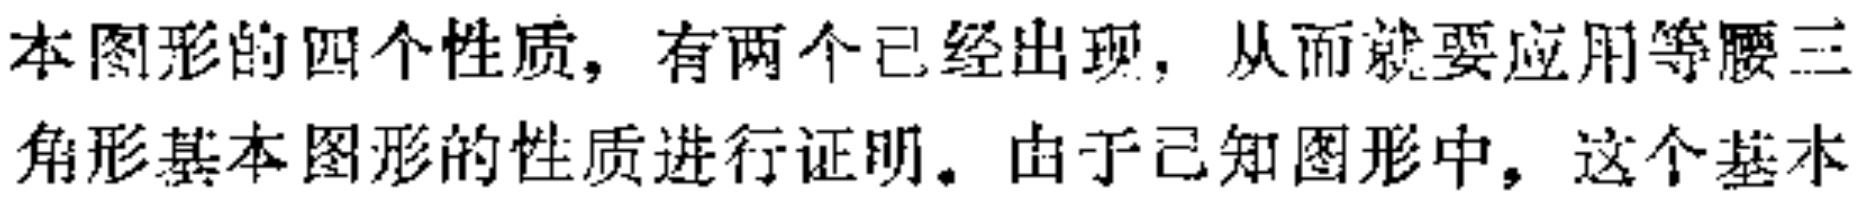
本图形的四个性质, 有两个已经出现, 从而就要应用等腰三角形基本图形的性质进行证明. 由于已知图形中, 这个基本